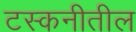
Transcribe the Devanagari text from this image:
टस्कनीतील